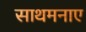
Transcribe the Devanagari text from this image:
साथमनाए